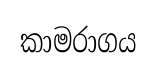
කාමරාගය